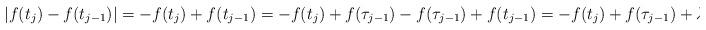
LaTeX: \begin{align*}|f(t_{j})-f(t_{j-1})|=-f(t_{j})+f(t_{j-1})=-f(t_{j})+f(\tau_{j-1})-f(\tau_{j-1})+f(t_{j-1})=-f(t_{j})+f(\tau_{j-1})+\lambda=2\lambda+f(\tau_{j})-f(\tau_{j-1}).\end{align*}